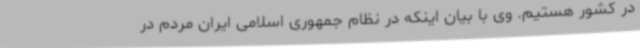
در کشور هستیم. وی با بیان اینکه در نظام جمهوری اسلامی ایران مردم در